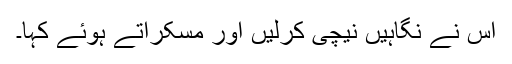
اس نے نگاہیں نیچی کرلیں اور مسکراتے ہوئے کہا۔